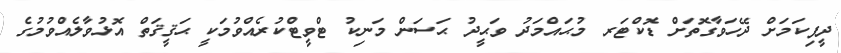
ދީފިކަމަށް ދޭހަވާގޮތަށް ޑޮކްޓަރ މުޙައްމަދު ވަޙީދު ޙަސަން މަނިކު ޓްވީޓްކުރެއްވުމަކީ ޙަޤީޤަތް އޮޅުވާލެއްވުމުގެ